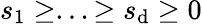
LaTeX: s_{1}\geq...\geq s_{\mathrm{d}}\geq 0